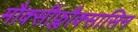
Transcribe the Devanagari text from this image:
मौक्सीफ्लौक्सासिन